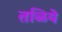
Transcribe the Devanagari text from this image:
तळिये